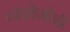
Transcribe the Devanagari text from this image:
व्यंकोजीची